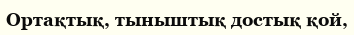
Ортақтық, тыныштық достық қой,